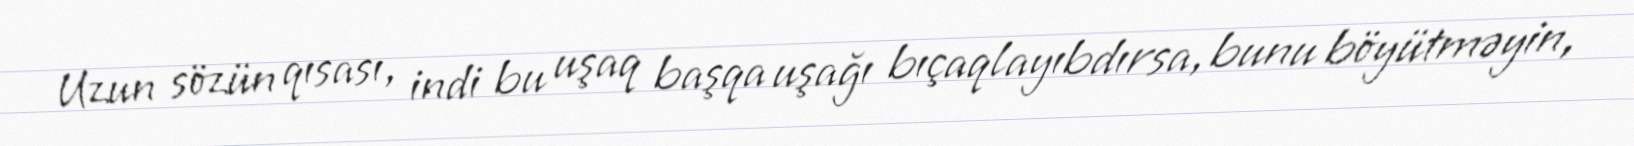
Uzun sözün qısası, indi bu uşaq başqa uşağı bıçaqlayıbdırsa, bunu böyütməyin,